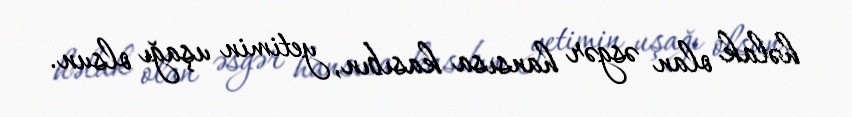
həlak olan əsgər hansısa kasıbın, yetimin uşağı olsun.